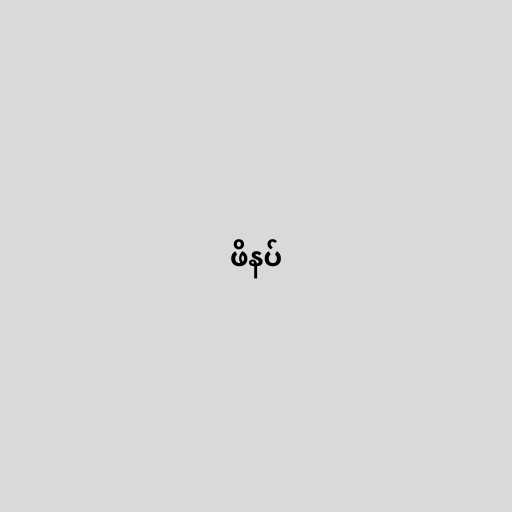
ဖိနပ်